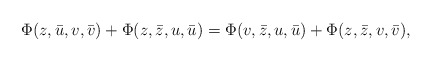
\begin{align*}\Phi(z,\bar{u},v,\bar{v})+\Phi(z,\bar{z},u,\bar{u})=\Phi(v,\bar{z},u,\bar{u})+\Phi(z,\bar{z},v,\bar{v}),\end{align*}